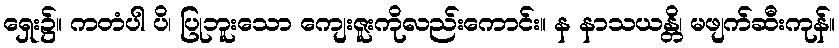
ရှေး၌။ ကတံပါ ပိ၊ ပြုဘူးသော ကျေးဇူးကိုလည်းကောင်း။ န နာသယန္တိ၊ မဖျက်ဆီးကုန်။